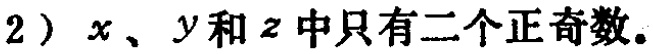
2）$x$、$y$和$z$中只有二个正奇数。